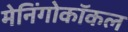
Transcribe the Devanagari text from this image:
मेनिंगोकॉकल